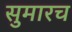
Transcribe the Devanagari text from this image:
सुमारच